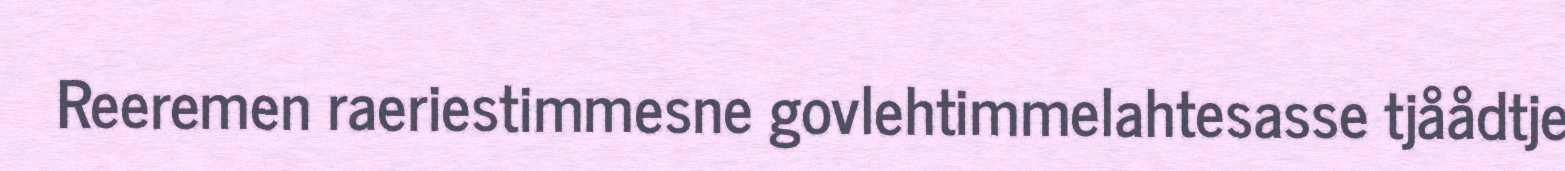
Reeremen raeriestimmesne govlehtimmelahtesasse tjåådtje